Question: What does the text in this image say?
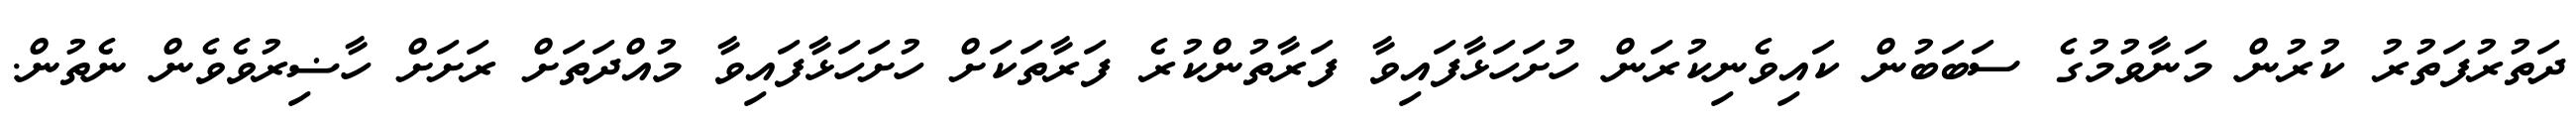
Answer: ދަތުރުފަތުރު ކުރުން މަނާވުމުގެ ސަބަބުން ކައިވެނިކުރަން ހުށަހަޅާފައިވާ ފަރާތުންކުރެ ފަރާތަކަށް ހުށަހަޅާފައިވާ މުއްދަތަށް ރަށަށް ހާޟިރުވެވެން ނެތުން.